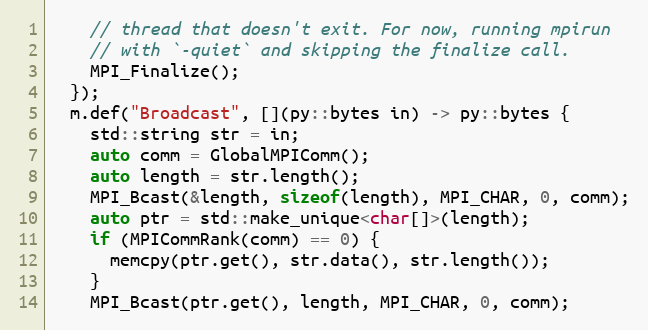
Language: C++
    // thread that doesn't exit. For now, running mpirun
    // with `-quiet` and skipping the finalize call.
    MPI_Finalize();
  });
  m.def("Broadcast", [](py::bytes in) -> py::bytes {
    std::string str = in;
    auto comm = GlobalMPIComm();
    auto length = str.length();
    MPI_Bcast(&length, sizeof(length), MPI_CHAR, 0, comm);
    auto ptr = std::make_unique<char[]>(length);
    if (MPICommRank(comm) == 0) {
      memcpy(ptr.get(), str.data(), str.length());
    }
    MPI_Bcast(ptr.get(), length, MPI_CHAR, 0, comm);